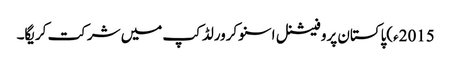
2015ء)پاکستان پروفیشنل اسنوکرورلڈکپ میں شرکت کریگا۔